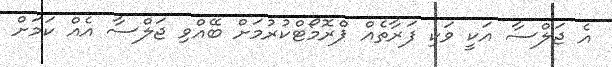
އެ ޖަލްސާ އަކީ ވަކި ފަރާތެއް ޕްރޮމޯޓްކުރުމަށް ބޭއްވި ޖަލްސާ އެއް ކަމަށް